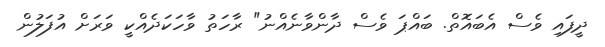
ދީފައި ވެސް އެބައޮތް. ބައްޕަ ވެސް ދާންވާނެއްނު" ރާހަތު ވާހަކަދެއްކީ ވަރަށް އުފަލުން